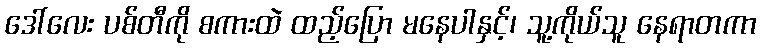
ဒေါ်လေး ပစ်တီကို စကားထဲ ထည့်ပြော မနေပါနှင့်၊ သူ့ကိုယ်သူ နေရာတကာ